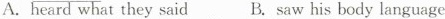
A.heard what they said B.saw his body language